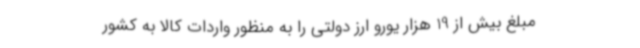
مبلغ بیش از 19 هزار یورو ارز دولتی را به منظور واردات کالا به کشور